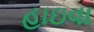
હાઇવા